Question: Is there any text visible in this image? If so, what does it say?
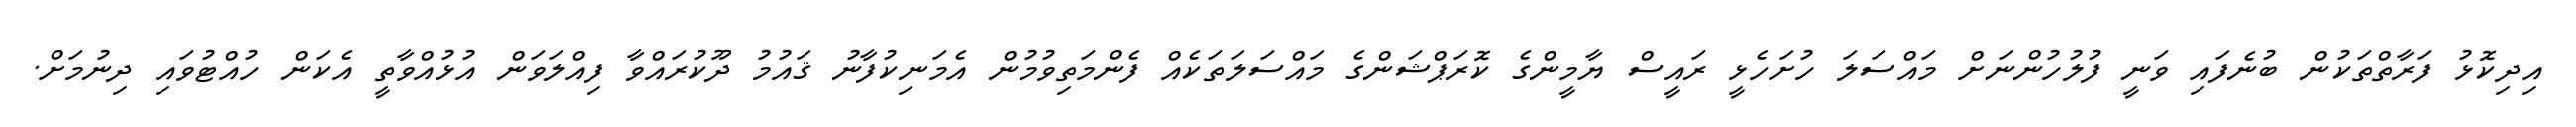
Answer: އިދިކޮޅު ފަރާތްތަކުން ބުނެފައި ވަނީ ފުލުހުންނަށް މައްސަލަ ހުށަހެޅީ ރައީސް ޔާމީންގެ ކޮރަޕްޝަންގެ މައްސަލަތަކެއް ފެންމަތިވުމުން އެމަނިކުފާނު ޤައުމު ދޫކުރައްވާ ފިއްލަވަން އުޅުއްވާތީ އެކަން ހުއްޓުވައި ދިނުމަށް.